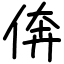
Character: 倴